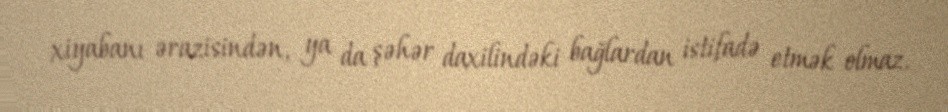
xiyabanı ərazisindən, ya da şəhər daxilindəki bağlardan istifadə etmək olmaz.